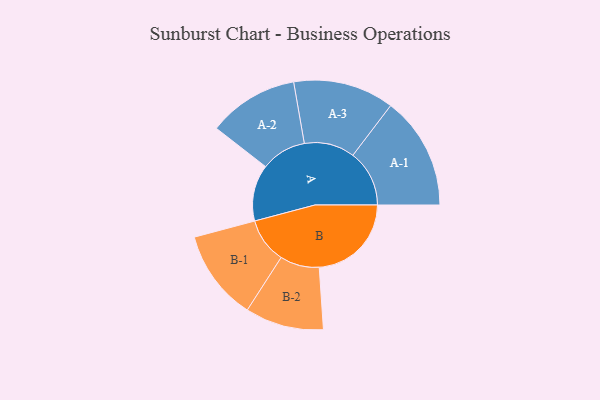
{"axis": {"x": "Segment", "y": "Value"}, "legend": ["", "A", "B"], "data": [{"x": "A", "y": 207, "type": ""}, {"x": "B", "y": 338, "type": ""}, {"x": "A-1", "y": 207, "type": "A"}, {"x": "A-2", "y": 166, "type": "A"}, {"x": "A-3", "y": 185, "type": "A"}, {"x": "B-1", "y": 166, "type": "B"}, {"x": "B-2", "y": 144, "type": "B"}]}